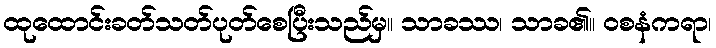
ထုထောင်းခတ်သတ်ပုတ်စေပြီးသည်မှ။ သာခဿ၊ သာခ၏။ ဝစနံကရာ၊